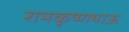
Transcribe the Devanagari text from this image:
रामकृष्णभाऊ